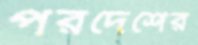
পরদেশের